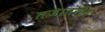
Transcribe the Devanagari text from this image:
तजातरीन